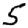
Digit: 5